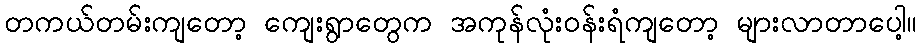
တကယ်တမ်းကျတော့ ကျေးရွာတွေက အကုန်လုံးဝန်းရံကျတော့ များလာတာပေါ့။